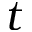
t